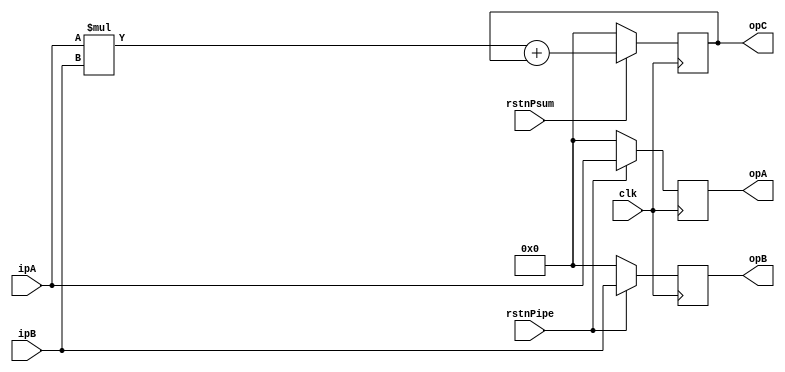
////////////////////////////////////////////////////////////////
// input ports
// clk -clock signal
// rstnPipe -synchronous reset, to reset ipA/ipB's systolic movement (opA/opB's storage)
// rstnPsum -synchronous reset, to reset accumulation
// ipA -32-bit positive integer
// ipB -32-bit positive integer

// output ports
// opA -32-bit positive integer
// opB -32-bit positive integer
// opC -32-bit positive integer
////////////////////////////////////////////////////////////////

module OSPE (clk, rstnPipe, rstnPsum, ipA, ipB, opA, opB, opC);

// port definition
// fill in your code here
input clk, rstnPipe, rstnPsum;
input wire [31:0] ipA, ipB;
output reg [31:0] opA, opB, opC;

// multiplication and accumulation (combinational logic)
// fill in your code here
wire [31:0] opC_wire = ipA * ipB + opC;


// update opA, opB (sequential logic, reset with rstnPipe)
// fill in your code here
// opA should be updated a cycle after inA, same for opB

always @(posedge clk) begin
	if (!rstnPipe) begin
	opA <= 32'b0;
	opB <= 32'b0;
	end
	else begin
	opA <= ipA;
	opB <= ipB;
	end
end



// update opC (sequential logic, reset with rstnPsum)
// fill in your code here

always @(posedge clk) begin
	if (!rstnPsum) begin
	opC <= 32'b0;
	end
	else begin
	opC <= opC_wire;
	end
end


endmodule